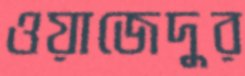
ওয়াজেদুর